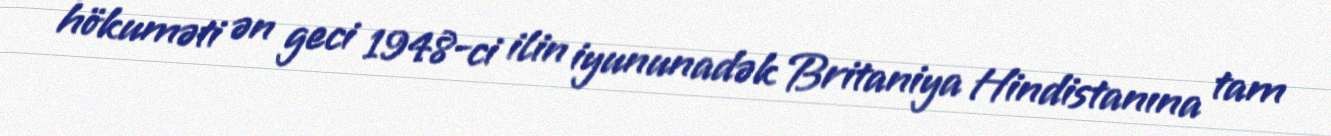
hökuməti ən geci 1948-ci ilin iyununadək Britaniya Hindistanına tam